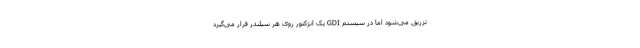
تزریق می‌شود اما در سیستم GDI یک انژکتور روی هر سیلندر قرار می‌گیرد